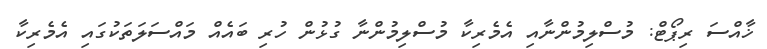
ޚާއްސަ ރިޕޯޓް: މުސްލިމުންނާއި އެމެރިކާ މުސްލިމުންނާ ގުޅުން ހުރި ބައެއް މައްސަލަތަކުގައި އެމެރިކާ